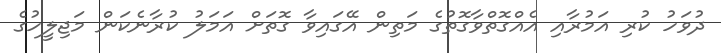
ދުވަހު ކުރި އަމުރާއި އެއްގޮތްވާގޮތުގެ މަތިން އޭގައިވާ ގޮތަށް އަމަލު ކުރާނެކަން މަޖިލީހުގެ